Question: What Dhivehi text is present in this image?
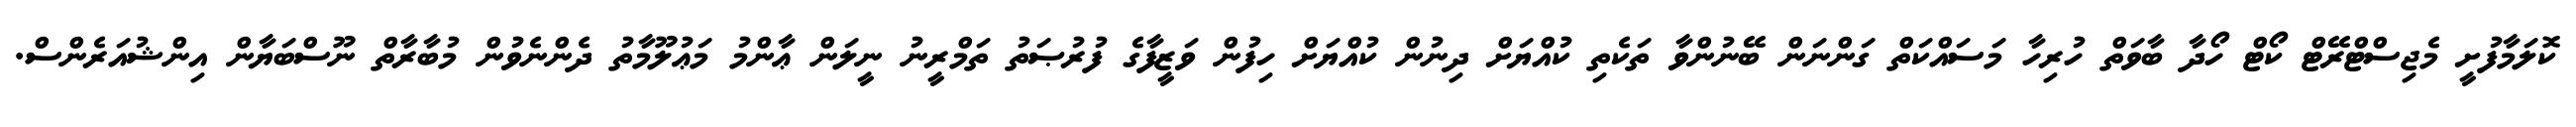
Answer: ކޮލަމާފުށީ މެޖިސްޓްރޭޓް ކޯޓް ހޯދާ ބާވަތް ހުރިހާ މަސައްކަތް ގަންނަން ބޭނުންވާ ތަކެތި ކުއްޔަށް ދިނުން ކުއްޔަށް ހިފުން ވަޒީފާގެ ފުރުޞަތު ތަމްރީނު ނީލަން ޢާންމު މަޢުލޫމާތު ދެންނެވުން މުބާރާތް ނޫސްބަޔާން އިންޝުއަރެންސް.